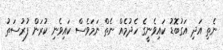
ނެތި އަދި އަގުބޮޑު ކައިވެނީގެ ހެދުމެއް ނެތް ނަމަވެސް ކައިވެނި ކުރަން ފުުރުސަތު